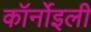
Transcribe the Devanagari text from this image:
कॉर्नोइली